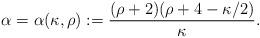
LaTeX: \begin{align*}\alpha=\alpha(\kappa, \rho):=\frac{(\rho+2)(\rho+4-\kappa/2)}{\kappa}.\end{align*}